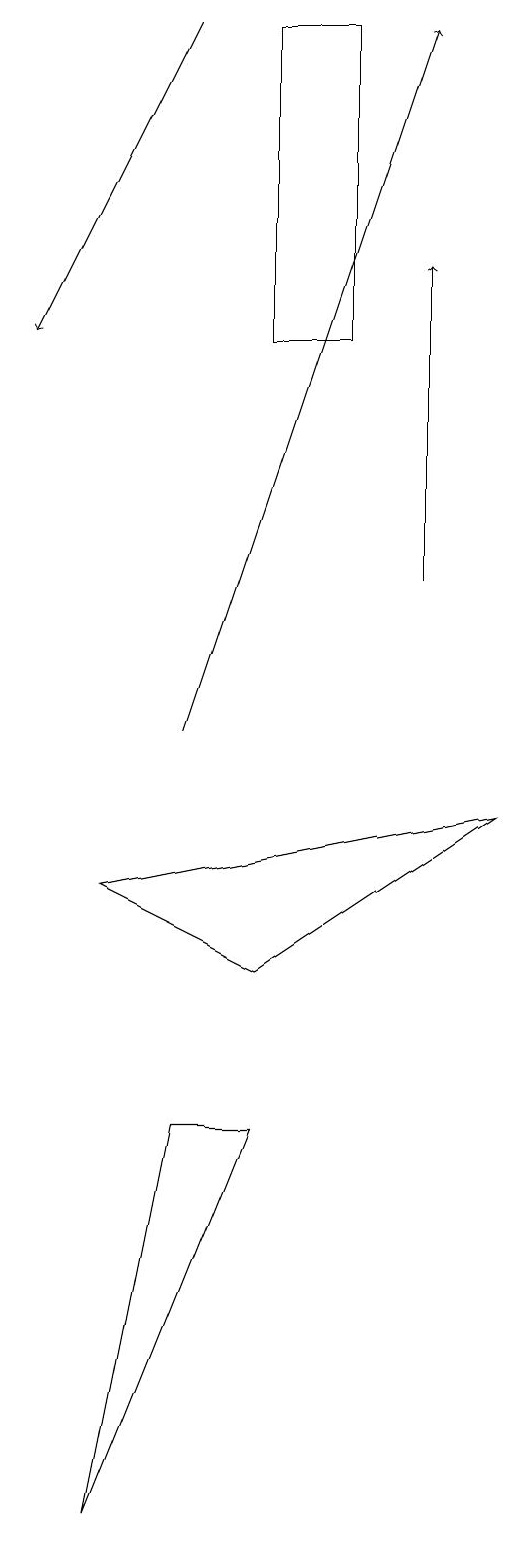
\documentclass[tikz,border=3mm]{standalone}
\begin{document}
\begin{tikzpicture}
\draw (1,8) -- (3,7) -- (6,9) -- cycle;
\draw[->] (5,12) -- (5,16);
\draw (4,15) rectangle (3,19);
\draw[->] (2,19) -- (0,15);
\draw[->] (2,10) -- (5,19);
\draw (2,5) -- (3,5) -- (1,0) -- cycle;
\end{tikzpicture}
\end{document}